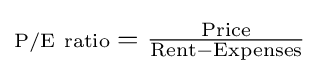
\textstyle {\scriptstyle {\rm {P/E\ ratio}}}={\frac {\rm {Price}}{{\rm {Rent}}-{\rm {Expenses}}}}